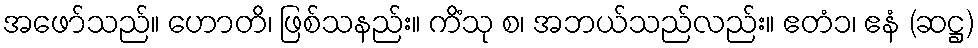
အဖော်သည်။ ဟောတိ၊ ဖြစ်သနည်း။ ကိံသု စ၊ အဘယ်သည်လည်း။ ဧတံ၁၊ ဧနံ (ဆဋ္ဌ)